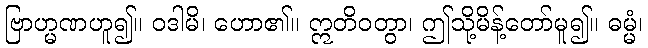
ဗြာဟ္မဏဟူ၍။ ဝဒါမိ၊ ဟော၏။ ဣတိဝတွာ၊ ဤသို့မိန့်တော်မူ၍။ ဓမ္မံ၊